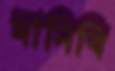
মানিবি